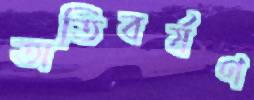
অতিবর্ষণ